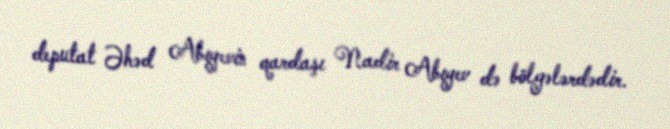
deputat Əhəd Abıyevin qardaşı Nadir Abıyev də bölgələrdədir.